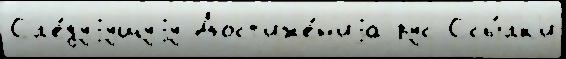
Сл'е́дуjущуjу Дост'иже́н'иjа рус Ссы́лк'и